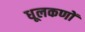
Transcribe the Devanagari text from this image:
धूलकणों